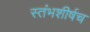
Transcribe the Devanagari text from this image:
स्तंभशीर्षच